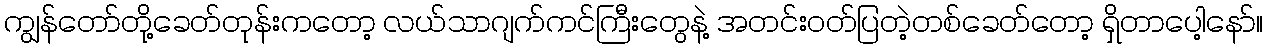
ကျွန်တော်တို့ခေတ်တုန်းကတော့ လယ်သာဂျက်ကင်ကြီးတွေနဲ့ အတင်းဝတ်ပြတဲ့တစ်ခေတ်တော့ ရှိတာပေါ့နော်။